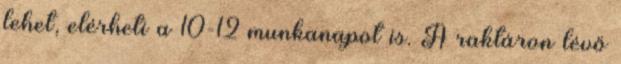
lehet, elérheti a 10-12 munkanapot is. A raktáron lévő